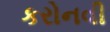
કરોનવી